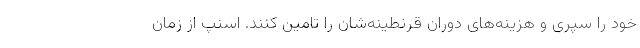
خود را سپری و هزینه‌های دوران قرنطینه‌شان را تامین کنند. اسنپ از زمان